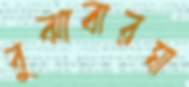
বুঝাবারঘা